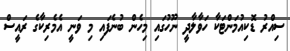
ސިއްރު ޑޮކިއުމަންޓަކާ ހަވާލާދީ ނޫހުގައި މިހެން ބުނެފައި މި ވަނީ އެމެރިކާގެ ރައީސް